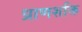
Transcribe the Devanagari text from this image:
ध्राणशक्ति